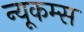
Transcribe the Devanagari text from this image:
न्यूकम्स